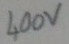
Text: 400v